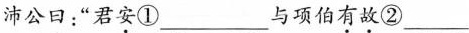
沛公日：”君\underset{·}{安}①___与项伯\underset{·}{有}\underset{·}{故}②___